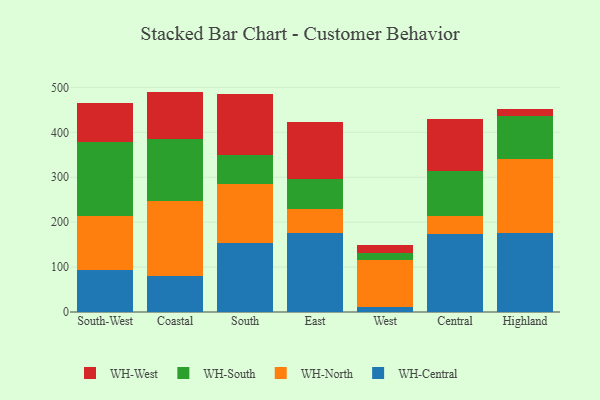
{"axis": {"x": "Region", "y": "Tickets Resolved"}, "legend": ["WH-Central", "WH-North", "WH-South", "WH-West"], "data": [{"x": "South-West", "y": 93.0, "type": "WH-Central"}, {"x": "South-West", "y": 121.0, "type": "WH-North"}, {"x": "South-West", "y": 165.3, "type": "WH-South"}, {"x": "South-West", "y": 86.6, "type": "WH-West"}, {"x": "Coastal", "y": 79.2, "type": "WH-Central"}, {"x": "Coastal", "y": 167.9, "type": "WH-North"}, {"x": "Coastal", "y": 138.2, "type": "WH-South"}, {"x": "Coastal", "y": 105.3, "type": "WH-West"}, {"x": "South", "y": 154.5, "type": "WH-Central"}, {"x": "South", "y": 131.0, "type": "WH-North"}, {"x": "South", "y": 63.4, "type": "WH-South"}, {"x": "South", "y": 137.1, "type": "WH-West"}, {"x": "East", "y": 176.5, "type": "WH-Central"}, {"x": "East", "y": 53.3, "type": "WH-North"}, {"x": "East", "y": 66.1, "type": "WH-South"}, {"x": "East", "y": 126.6, "type": "WH-West"}, {"x": "West", "y": 11.4, "type": "WH-Central"}, {"x": "West", "y": 103.3, "type": "WH-North"}, {"x": "West", "y": 16.8, "type": "WH-South"}, {"x": "West", "y": 17.7, "type": "WH-West"}, {"x": "Central", "y": 173.6, "type": "WH-Central"}, {"x": "Central", "y": 41.0, "type": "WH-North"}, {"x": "Central", "y": 99.1, "type": "WH-South"}, {"x": "Central", "y": 115.6, "type": "WH-West"}, {"x": "Highland", "y": 175.9, "type": "WH-Central"}, {"x": "Highland", "y": 164.9, "type": "WH-North"}, {"x": "Highland", "y": 96.5, "type": "WH-South"}, {"x": "Highland", "y": 14.1, "type": "WH-West"}]}